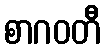
စာဂဝတီ